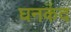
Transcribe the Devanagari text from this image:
घनकंद